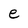
Character: e